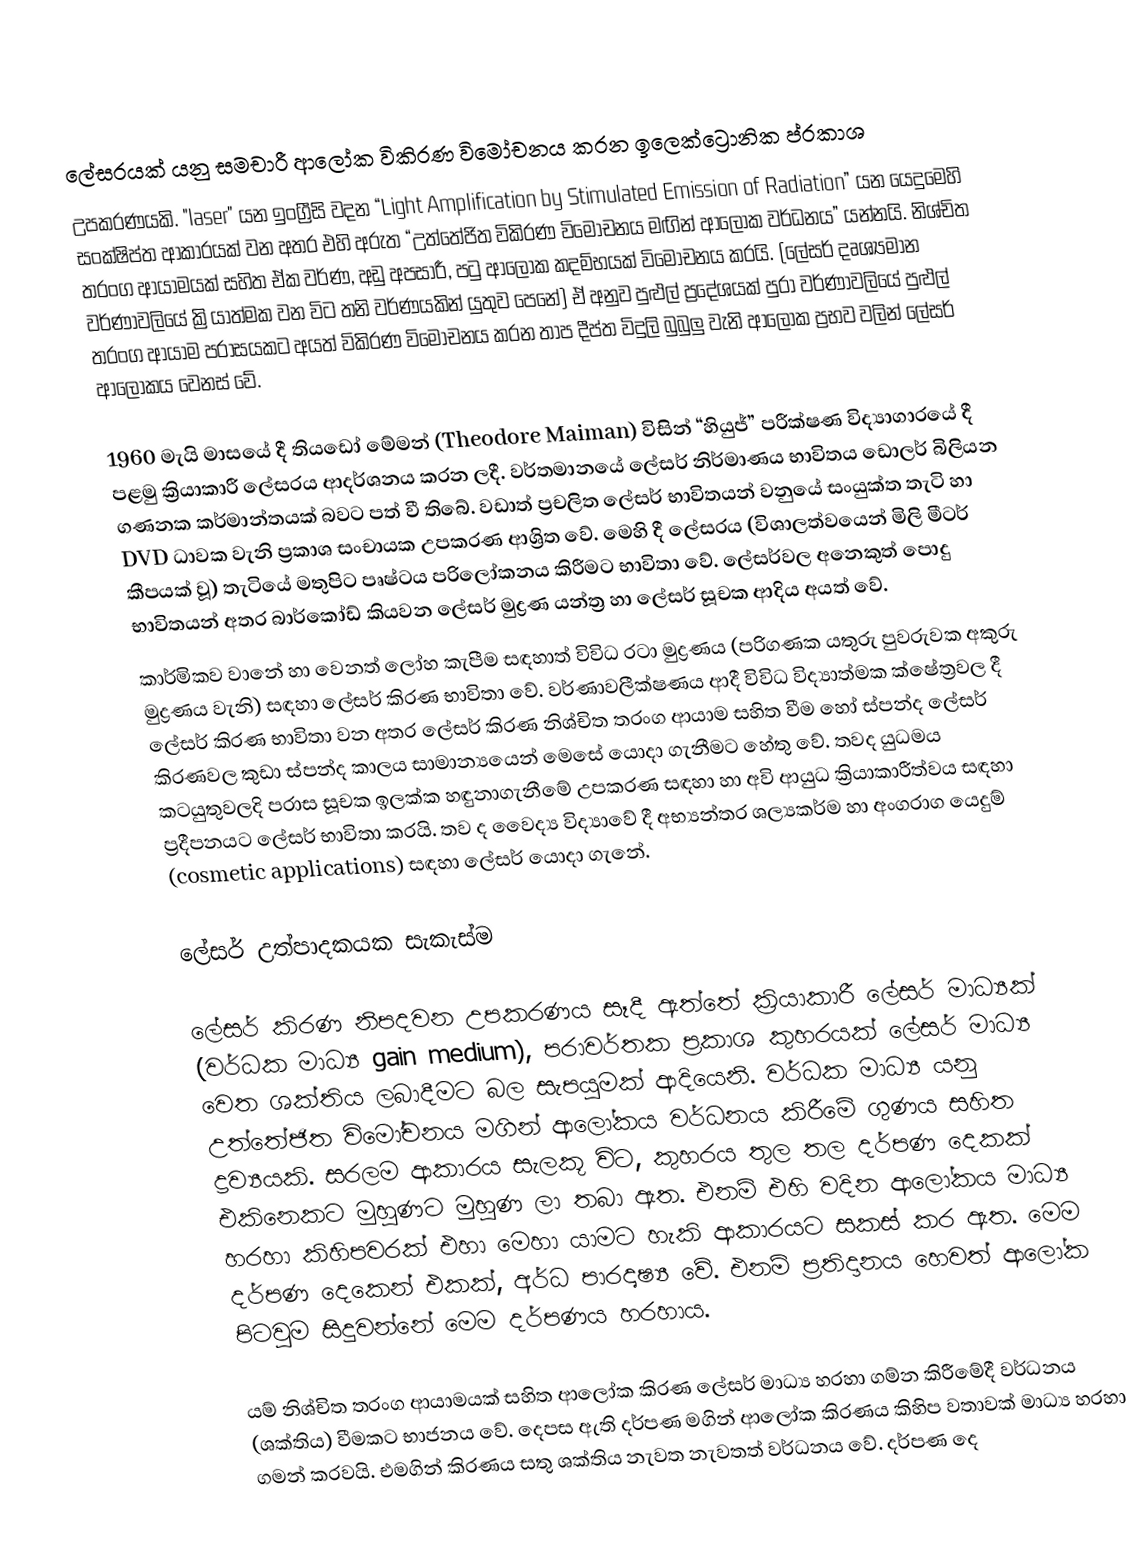
ලේසරයක් යනු සමචාරී ආ‍ලෝක විකිරණ විමෝචනය කරන ‍ඉලෙක්ට්‍රොනික ප්රකාශ
 උපකරණයකි. "laser" යන ඉංග්‍රීසි වදන “Light Amplification by Stimulated Emission of Radiation”  යන යෙදුමෙහි සංක්ෂිප්ත ආකාරයක් වන අතර එහි අරුත “උත්තේජිත විකිරණ විමෝචනය මඟින් ආලෝක වර්ධනය” යන්නයි. නිශ්චිත තරංග ආයාමයක් සහිත ඒක වර්ණ, අඩු අපසාරී, පටු ආලෝක කදම්භයක් විමෝචනය කරයි. (ලේසර් දෘශ්‍යමාන වර්ණාවලියේ ක්‍රියාත්මක වන විට තනි වර්ණයකින් යුතුව පෙනේ) ඒ අනුව පුළුල් ප්‍රදේශයක් පුරා වර්ණාවලියේ පුළුල් තරංග ආයාම පරාසයකට අයත් විකිරණ විමෝචනය කරන තාප දීප්ත විදුලි බුබුලු වැනි ආලෝක ප්‍රභව වලින් ලේසර් ආලෝකය වෙනස් වේ.

1960 මැයි මාසයේ දී තියඩෝ මේමන් (Theodore Maiman) විසින් “හියුජ්” පරීක්ෂණ විද්‍යාගාරයේ දී පළමු ක්‍රියාකාරී ලේසරය ආදර්ශනය කරන ලදී. වර්තමානයේ ලේසර් නිර්මාණය භාවිතය ඩොලර් බිලියන ගණනක කර්මාන්තයක් බවට පත් වී තිබේ. වඩාත් ප්‍රචලිත  ලේසර් භාවිතයන් වනුයේ සංයුක්ත තැටි හා DVD ධාවක වැනි ප්‍රකාශ සංචායක උපකරණ ආශ්‍රිත ‍වේ. මෙහි දී ලේසරය (විශාලත්වයෙන් මිලි මීටර් කීපයක් වූ) තැටියේ මතුපිට පෘෂ්ටය පරිලෝකනය කිරීමට භාවිතා වේ. ලේසර්වල අනෙකුත් පොදු භාවිතයන් අතර බාර්කෝඩ් කියවන ලේසර් මුද්‍රණ යන්ත්‍ර හා ලේසර් සූචක ආදිය අයත් වේ.
කාර්මිකව වානේ හා වෙනත් ලෝහ කැපීම සඳහාත් විවිධ රටා මුද්‍රණය (පරිගණක යතුරු පුවරුවක අකුරු මුද්‍රණය වැනි) සඳහා ලේසර් කිරණ භාවිතා වේ. වර්ණාවලීක්ෂණය ආදී විවිධ විද්‍යාත්මක ක්ෂේත්‍රවල දී ලේසර් කිරණ භාවිතා වන අතර ලේසර් කිරණ නිශ්චිත තරංග ආයාම සහිත වීම‍ හෝ ස්පන්ද ලේසර් කිරණවල කුඩා ස්පන්ද කාලය සාමාන්‍යයෙන් මෙසේ යොදා ගැනීමට හේතු වේ. තවද යුධමය කටයුතුවලදි පරාස සූචක ඉලක්ක හඳුනාගැනීමේ උපකරණ සඳහා හා අවි ආයුධ ක්‍රියාකාරීත්වය සඳහා ප්‍රදීපනයට ලේසර් භාවිතා කරයි. තව ද වෛද්‍ය විද්‍යාවේ දී අභ්‍යන්තර ශල්‍යකර්ම හා අංගරාග යෙදුම් (cosmetic applications) සඳහා ලේසර් යොදා ගැනේ.

ලේසර් උත්පාදකයක සැකැස්ම

ලේසර් කිරණ නිපදවන උපකරණය සෑදී ඇත්තේ ක්‍රියාකාරී ලේසර් මාධ්‍යක් (වර්ධක මාධ්‍ය gain medium), පරාවර්තක ප්‍රකාශ කුහරයක් ලේසර් මාධ්‍ය වෙත ශක්තිය ලබාදීමට බල සැපයුමක් ආදියෙනි. වර්ධක මාධ්‍ය යනු උත්තේජිත විමෝචනය මගින් ආලෝකය වර්ධනය කිරීමේ ගුණය සහිත ද්‍රව්‍යයකි. සරලම ආකාරය සැලකූ විට, කුහරය තුල තල දර්පණ දෙකක් එකිනෙකට මුහුණට මුහුණ ලා තබා ඇත. එනම් එහි වදින ආලෝකය මාධ්‍ය හරහා කිහිපවරක් එහා මෙහා යාමට හැකි ආකාරයට සකස් කර ඇත. මෙම දර්පණ දෙකෙන් එකක්, අර්ධ පාරදෘෂ්‍ය වේ. එනම් ප්‍රතිදානය හෙවත් ආලෝක පිටවුම සිදුවන්නේ මෙම දර්පණය හරහාය.

යම් නිශ්චිත තරංග ආයාමයක් සහිත ආලෝක කිරණ ලේසර් මාධ්‍ය හරහා ගම්න කිරීමේදී වර්ධනය (ශක්තිය) වීමකට භාජනය වේ. දෙපස ඇති දර්පණ මගින් ආලෝක කිරණය කිහිප වතාවක් මාධ්‍ය හරහා ගමන් කරවයි. එමගින් කිරණය සතු ශක්තිය නැවත නැවතත් වර්ධනය වේ. දර්පණ දෙ